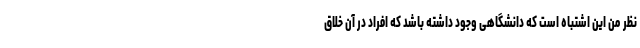
نظر من این اشتباه است که دانشگاهی وجود داشته باشد که افراد در آن خلاق